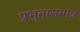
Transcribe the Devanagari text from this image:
प्रभुतासम्पन्न